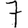
Digit: 7